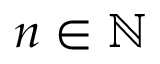
n \in \mathbb { N }